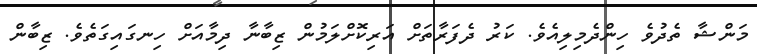
މަންޝާ ތެދުވެ ހިންދެމިލިއެވެ. ކަރު ދެފަރާތަށް އަރިކޮށްލަމުން ޒިބާނާ ދިމާއަށް ހިނގައިގަތެވެ. ޒިބާން